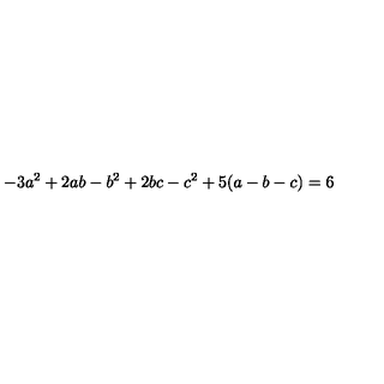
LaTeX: - 3 a ^ { 2 } + 2 a b - b ^ { 2 } + 2 b c - c ^ { 2 } + 5 ( a - b - c ) = 6